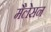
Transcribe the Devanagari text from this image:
मैलेसन